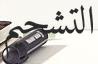
التشحيم